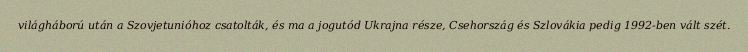
világháború után a Szovjetunióhoz csatolták, és ma a jogutód Ukrajna része, Csehország és Szlovákia pedig 1992-ben vált szét.